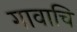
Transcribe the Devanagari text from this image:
गावाचि